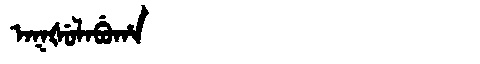
Manchu: ᠠᡴᡧᡠᠯᠠᠪᡠᡥᠠ
Romanization: AKŠULABUHA